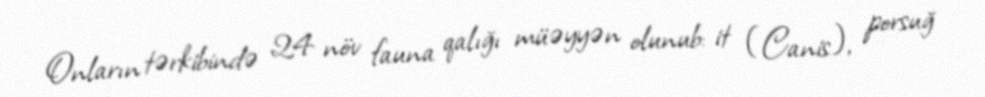
Onların tərkibində 24 növ fauna qalığı müəyyən olunub: it (Canis), porsuğ